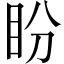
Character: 盼